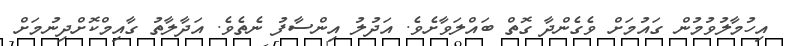
އިހުމާލުވުމުން ގައުމަށް ވެގެންދާ ގޮތް ބައްލަވާށެވެ. އަދުލު އިންސާފު ނެތެވެ. އަދާލާތު ގާއިމްކޮށްދިނުމަށް